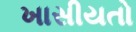
ખાસીયતો